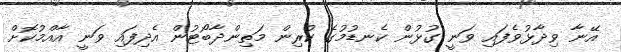
އޭނާ ވިދާޅުވެފައި ވަނީ ގުޅުން ކެނޑުމުގެ ކުރިން މަތިންދާބޯޓުން އެދިފައި ވަނީ އާއްމުކޮށް